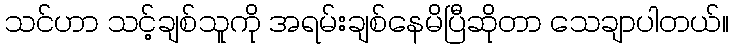
သင်ဟာ သင့်ချစ်သူကို အရမ်းချစ်နေမိပြီဆိုတာ သေချာပါတယ်။